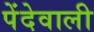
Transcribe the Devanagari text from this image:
पेंदेवाली